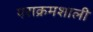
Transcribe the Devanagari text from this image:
पराक्रमशाली